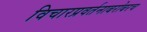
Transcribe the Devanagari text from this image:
विचारप्रवर्तनाबरोबरच